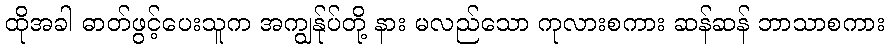
ထိုအခါ ဓာတ်ဖွင့်ပေးသူက အကျွန်ုပ်တို့ နား မလည်သော ကုလားစကား ဆန်ဆန် ဘာသာစကား